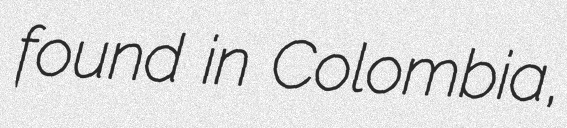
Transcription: found in Colombia,